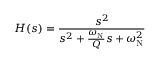
H ( s ) = { \frac { s ^ { 2 } } { s ^ { 2 } + { \frac { \omega _ { \mathrm { N } } } { Q } } s + \omega _ { \mathrm { N } } ^ { 2 } } }